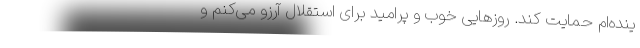
ینده‌ام حمایت کند. روزهایی خوب و پرامید برای استقلال آرزو می‌کنم و